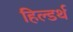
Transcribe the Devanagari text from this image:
हिल्डर्थ